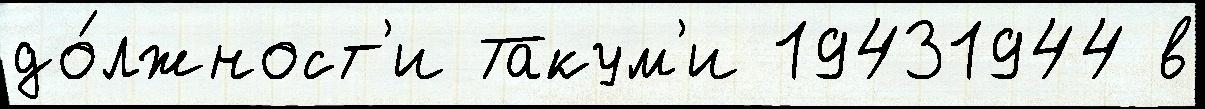
до́лжност'и Такум'и 19431944 в